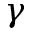
\gamma